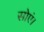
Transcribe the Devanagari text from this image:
सोएं।